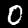
Label: 0